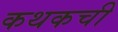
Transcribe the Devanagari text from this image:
कथकची